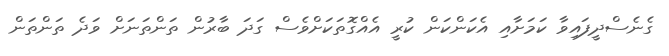
ގެނެސްދީފައިވާ ކަމަށާއި އެކަންކަން ކުރީ އެއްގޮތަކަށްވެސް ގަދަ ބާރުން ތަންތަނަށް ވަދެ ތަންތަން